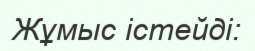
Жұмыс істейді: